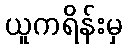
ယူကရိန်းမှ